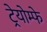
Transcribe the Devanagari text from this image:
ट्रेयोम्फे